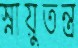
স্নায়ুতন্ত্র